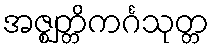
အဇ္ဈတ္တိကင်္ဂသုတ္တ